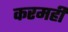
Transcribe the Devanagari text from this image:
करमहीं